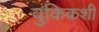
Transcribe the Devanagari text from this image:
वुकिकशी